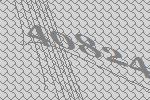
40824